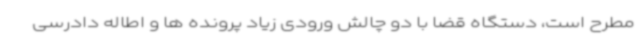
مطرح است، دستگاه قضا با دو چالش ورودی زیاد پرونده ها و اطاله دادرسی